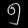
Digit: ၅